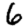
Digit: 6